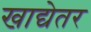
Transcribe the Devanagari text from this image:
खाद्येतर